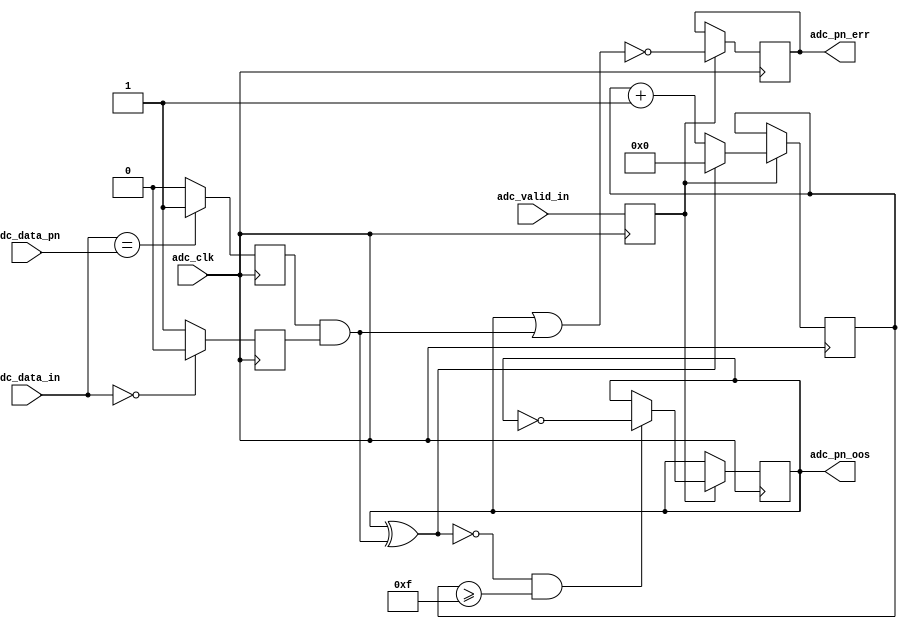
module ad_pnmon_1 (
  adc_clk,
  adc_valid_in,
  adc_data_in,
  adc_data_pn,
  adc_pn_oos,
  adc_pn_err);
  parameter DATA_WIDTH = 16;
  localparam DW = DATA_WIDTH - 1;
  input           adc_clk;
  input           adc_valid_in;
  input   [DW:0]  adc_data_in;
  input   [DW:0]  adc_data_pn;
  output          adc_pn_oos;
  output          adc_pn_err;
  reg             adc_valid_d = 'd0;
  reg             adc_pn_match_d = 'd0;
  reg             adc_pn_match_z = 'd0;
  reg             adc_pn_err = 'd0;
  reg             adc_pn_oos = 'd0;
  reg     [ 3:0]  adc_pn_oos_count = 'd0;
  wire            adc_pn_match_d_s;
  wire            adc_pn_match_z_s;
  wire            adc_pn_match_s;
  wire            adc_pn_update_s;
  wire            adc_pn_err_s;
  assign adc_pn_match_d_s = (adc_data_in == adc_data_pn) ? 1'b1 : 1'b0;
  assign adc_pn_match_z_s = (adc_data_in == 'd0) ? 1'b0 : 1'b1;
  assign adc_pn_match_s = adc_pn_match_d & adc_pn_match_z;
  assign adc_pn_update_s = ~(adc_pn_oos ^ adc_pn_match_s);
  assign adc_pn_err_s = ~(adc_pn_oos | adc_pn_match_s);
  always @(posedge adc_clk) begin
    adc_valid_d <= adc_valid_in;
    adc_pn_match_d <= adc_pn_match_d_s;
    adc_pn_match_z <= adc_pn_match_z_s;
    if (adc_valid_d == 1'b1) begin
      adc_pn_err <= adc_pn_err_s;
      if ((adc_pn_update_s == 1'b1) && (adc_pn_oos_count >= 15)) begin
        adc_pn_oos <= ~adc_pn_oos;
      end
      if (adc_pn_update_s == 1'b1) begin
        adc_pn_oos_count <= adc_pn_oos_count + 1'b1;
      end else begin
        adc_pn_oos_count <= 'd0;
      end
    end
  end
endmodule